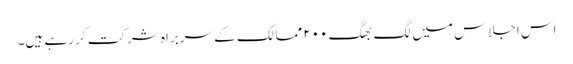
اس اجلاس میں لگ بھگ ۲۰۰ ممالک کے سربراہ شرکت کر رہے ہیں۔